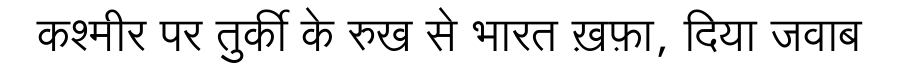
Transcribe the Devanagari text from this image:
कश्मीर पर तुर्की के रुख से भारत ख़फ़ा, दिया जवाब